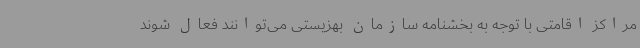
مراکز اقامتی با توجه به بخشنامه سازمان بهزیستی می‌توانند فعال شوند